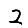
Digit: 2